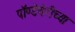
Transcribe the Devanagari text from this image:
पॉण्डेचेरीच्या